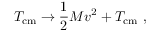
T _ { \mathrm { c m } } \to \frac { 1 } { 2 } M v ^ { 2 } + T _ { \mathrm { c m } } \ ,